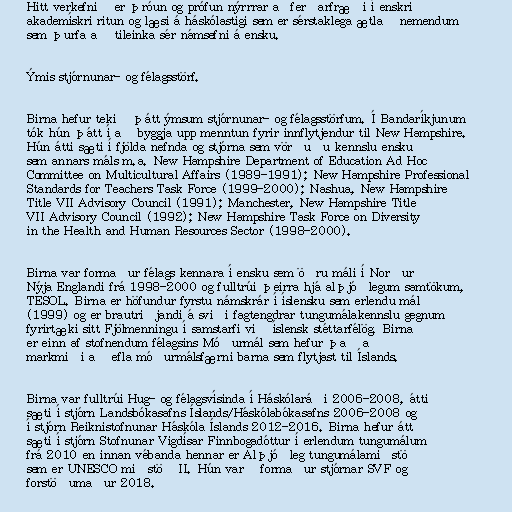
Hitt verkefnið er þróun og prófun nýrrrar aðferðarfræði í enskri
akademískri ritun og læsi á háskólastigi sem er sérstaklega ætlað nemendum
sem þurfa að tileinka sér námsefni á ensku.

Ýmis stjórnunar- og félagsstörf.

Birna hefur tekið þátt ýmsum stjórnunar- og félagsstörfum. Í Bandaríkjunum
tók hún þátt í að byggja upp menntun fyrir innflytjendur til New Hampshire.
Hún átti sæti í fjölda nefnda og stjórna sem vörðuðu kennslu ensku
sem annars máls m.a. New Hampshire Department of Education Ad Hoc
Committee on Multicultural Affairs (1989-1991); New Hampshire Professional
Standards for Teachers Task Force (1999-2000); Nashua, New Hampshire
Title VII Advisory Council (1991); Manchester, New Hampshire Title
VII Advisory Council (1992); New Hampshire Task Force on Diversity
in the Health and Human Resources Sector (1998-2000).

Birna var formaður félags kennara í ensku sem öðru máli í Norður
Nýja Englandi frá 1998-2000 og fulltrúi þeirra hjá alþjóðlegum samtökum,
TESOL. Birna er höfundur fyrstu námskrár í íslensku sem erlendu mál
(1999) og er brautriðjandi á sviði fagtengdrar tungumálakennslu gegnum
fyrirtæki sitt Fjölmenningu í samstarfi við íslensk stéttarfélög. Birna
er einn af stofnendum félagsins Móðurmál sem hefur það að
markmiði að efla móðurmálsfærni barna sem flytjast til Íslands.

Birna var fulltrúi Hug- og félagsvísinda í Háskólaráði 2006-2008, átti
sæti í stjórn Landsbókasafns Íslands/Háskólabókasafns 2006-2008 og
í stjórn Reiknistofnunar Háskóla Íslands 2012-2016. Birna hefur átt
sæti í stjórn Stofnunar Vigdísar Finnbogadóttur í erlendum tungumálum
frá 2010 en innan vébanda hennar er Alþjóðleg tungumálamiðstöð
sem er UNESCO miðstöð II. Hún varð formaður stjórnar SVF og
forstöðumaður 2018.